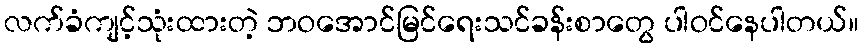
လက်ခံကျင့်သုံးထားတဲ့ ဘဝအောင်မြင်ရေးသင်ခန်းစာတွေ ပါဝင်နေပါတယ်။